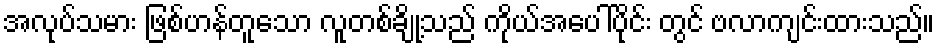
အလုပ်သမား ဖြစ်ဟန်တူသော လူတစ်ချို့သည် ကိုယ်အပေါ်ပိုင်း တွင် ဗလာကျင်းထားသည်။